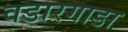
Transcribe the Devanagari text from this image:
वडारगाडा